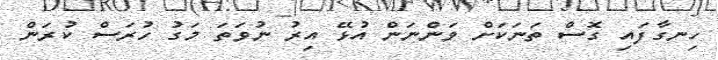
ހިނގާފައި ގޮސް ތަނަކަށް ވަންނަން އުޅޭ އިރު ނުވަތަ މަގު ހުރަސް ކުރަން